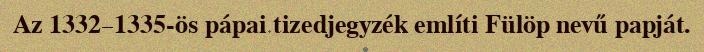
Az 1332–1335-ös pápai tizedjegyzék említi Fülöp nevű papját.